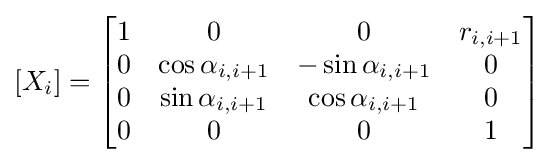
[X_{i}]={\begin{bmatrix}1&0&0&r_{i,i+1}\\0&\cos \alpha _{i,i+1}&-\sin \alpha _{i,i+1}&0\\0&\sin \alpha _{i,i+1}&\cos \alpha _{i,i+1}&0\\0&0&0&1\end{bmatrix}}